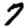
Digit: 7